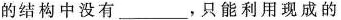
的结构中没有___，只能利用现成的